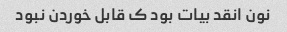
نون انقد بیات بود ک قابل خوردن نبود